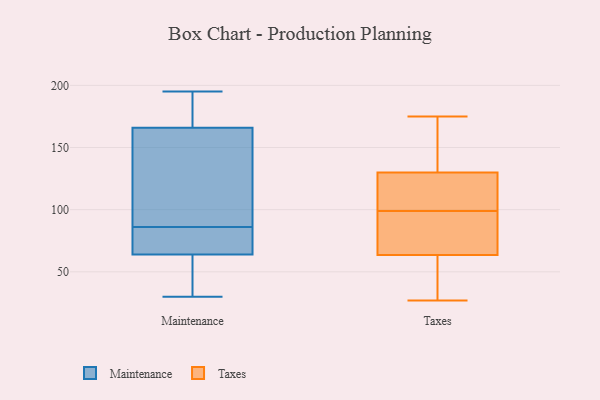
{"axis": {"x": "Temperature (°C)", "y": "Value"}, "legend": ["Maintenance", "Taxes"], "data": [{"x": "", "y": 76, "type": "Maintenance"}, {"x": "", "y": 39, "type": "Maintenance"}, {"x": "", "y": 177, "type": "Maintenance"}, {"x": "", "y": 96, "type": "Maintenance"}, {"x": "", "y": 190, "type": "Maintenance"}, {"x": "", "y": 64, "type": "Maintenance"}, {"x": "", "y": 175, "type": "Maintenance"}, {"x": "", "y": 104, "type": "Maintenance"}, {"x": "", "y": 32, "type": "Maintenance"}, {"x": "", "y": 74, "type": "Maintenance"}, {"x": "", "y": 75, "type": "Maintenance"}, {"x": "", "y": 39, "type": "Maintenance"}, {"x": "", "y": 76, "type": "Maintenance"}, {"x": "", "y": 104, "type": "Maintenance"}, {"x": "", "y": 166, "type": "Maintenance"}, {"x": "", "y": 195, "type": "Maintenance"}, {"x": "", "y": 30, "type": "Maintenance"}, {"x": "", "y": 123, "type": "Maintenance"}, {"x": "", "y": 175, "type": "Taxes"}, {"x": "", "y": 117, "type": "Taxes"}, {"x": "", "y": 163, "type": "Taxes"}, {"x": "", "y": 35, "type": "Taxes"}, {"x": "", "y": 70, "type": "Taxes"}, {"x": "", "y": 27, "type": "Taxes"}, {"x": "", "y": 98, "type": "Taxes"}, {"x": "", "y": 119, "type": "Taxes"}, {"x": "", "y": 164, "type": "Taxes"}, {"x": "", "y": 74, "type": "Taxes"}, {"x": "", "y": 107, "type": "Taxes"}, {"x": "", "y": 99, "type": "Taxes"}, {"x": "", "y": 44, "type": "Taxes"}]}